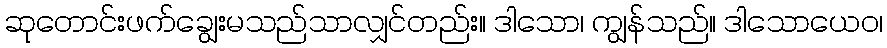
ဆုတောင်းဖက်ချွေးမသည်သာလျှင်တည်း။ ဒါသော၊ ကျွန်သည်။ ဒါသောယေဝ၊